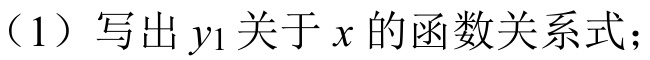
（1）写出\(y_1\)关于\(x\)的函数关系式；